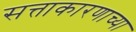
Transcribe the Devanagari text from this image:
सत्ताकारणाच्या